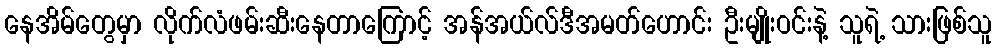
နေအိမ်တွေမှာ လိုက်လံဖမ်းဆီးနေတာကြောင့် အန်အယ်လ်ဒီအမတ်ဟောင်း ဦးမျိုးဝင်းနဲ့ သူရဲ့ သားဖြစ်သူ